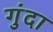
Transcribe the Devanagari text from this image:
गुंदा